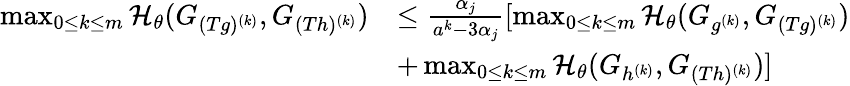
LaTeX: \begin{array}{rl}{\operatorname*{max}_{0\le k\le m}\mathcal{H}_{\theta}(G_{(Tg)^{(k)}},G_{(Th)^{(k)}})}&{\le\frac{\alpha_{j}}{a^{k}-3\alpha_{j}}[\operatorname*{max}_{0\le k\le m}\mathcal{H}_{\theta}(G_{g^{(k)}},G_{(Tg)^{(k)}})}\\ &{+\operatorname*{max}_{0\le k\le m}\mathcal{H}_{\theta}(G_{h^{(k)}},G_{(Th)^{(k)}})]}\end{array}